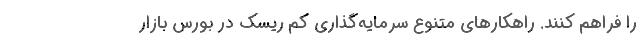
را فراهم کنند. راهکارهای متنوع سرمایه‌گذاری کم ریسک در بورس بازار